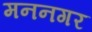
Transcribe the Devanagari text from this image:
मननगर